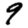
Digit: 9